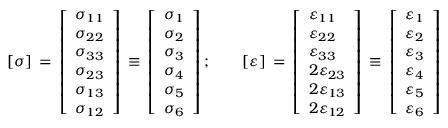
[ { \boldsymbol { \sigma } } ] \, = \, { \left[ \begin{array} { l } { \sigma _ { 1 1 } } \\ { \sigma _ { 2 2 } } \\ { \sigma _ { 3 3 } } \\ { \sigma _ { 2 3 } } \\ { \sigma _ { 1 3 } } \\ { \sigma _ { 1 2 } } \end{array} \right] } \, \equiv \, { \left[ \begin{array} { l } { \sigma _ { 1 } } \\ { \sigma _ { 2 } } \\ { \sigma _ { 3 } } \\ { \sigma _ { 4 } } \\ { \sigma _ { 5 } } \\ { \sigma _ { 6 } } \end{array} \right] } \, ; \qquad [ { \boldsymbol { \varepsilon } } ] \, = \, { \left[ \begin{array} { l } { \varepsilon _ { 1 1 } } \\ { \varepsilon _ { 2 2 } } \\ { \varepsilon _ { 3 3 } } \\ { 2 \varepsilon _ { 2 3 } } \\ { 2 \varepsilon _ { 1 3 } } \\ { 2 \varepsilon _ { 1 2 } } \end{array} \right] } \, \equiv \, { \left[ \begin{array} { l } { \varepsilon _ { 1 } } \\ { \varepsilon _ { 2 } } \\ { \varepsilon _ { 3 } } \\ { \varepsilon _ { 4 } } \\ { \varepsilon _ { 5 } } \\ { \varepsilon _ { 6 } } \end{array} \right] }